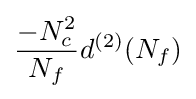
{\frac {-N_{c}^{2}}{N_{f}}}d^{(2)}(N_{f})